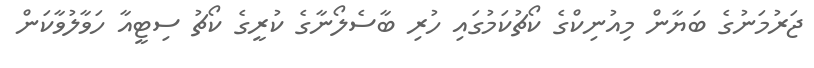
ޖަރުމަނުގެ ބަޔާން މިއުނިކްގެ ކޯޗުކަމުގައި ހުރި ބާސެލޯނާގެ ކުރީގެ ކޯޗު ސިޓީއާ ހަވާލުވާކަން